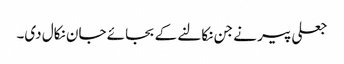
جعلی پیر نے جن نکالنے کے بجائے جان نکال دی۔